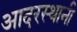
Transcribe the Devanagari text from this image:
आदरस्थानी